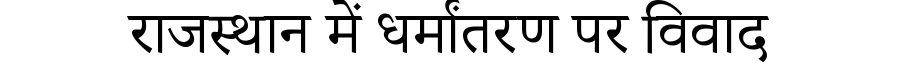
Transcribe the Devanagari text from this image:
राजस्थान में धर्मांतरण पर विवाद